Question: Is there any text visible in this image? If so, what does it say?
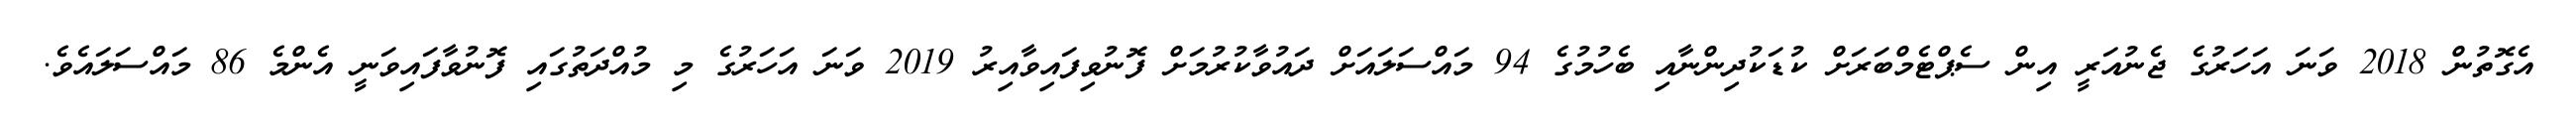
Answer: އެގޮތުން 2018 ވަނަ އަހަރުގެ ޖެނުއަރީ އިން ސެޕްޓެމްބަރަށް ކުޑަކުދިންނާއި ބެހުމުގެ 94 މައްސަލައަށް ދައުވާކުރުމަށް ފޮނުވިފައިވާއިރު 2019 ވަނަ އަހަރުގެ މި މުއްދަތުގައި ފޮނުވާފައިވަނީ އެންމެ 86 މައްސަލައެވެ.